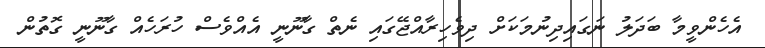
އެހެންވީމާ ބަދަލު ނަގައިދިނުމަކަށް ދިވެހިރާއްޖޭގައި ނެތް ގާނޫނީ އެއްވެސް ހުރަހެއް ގާނޫނީ ގޮތުން